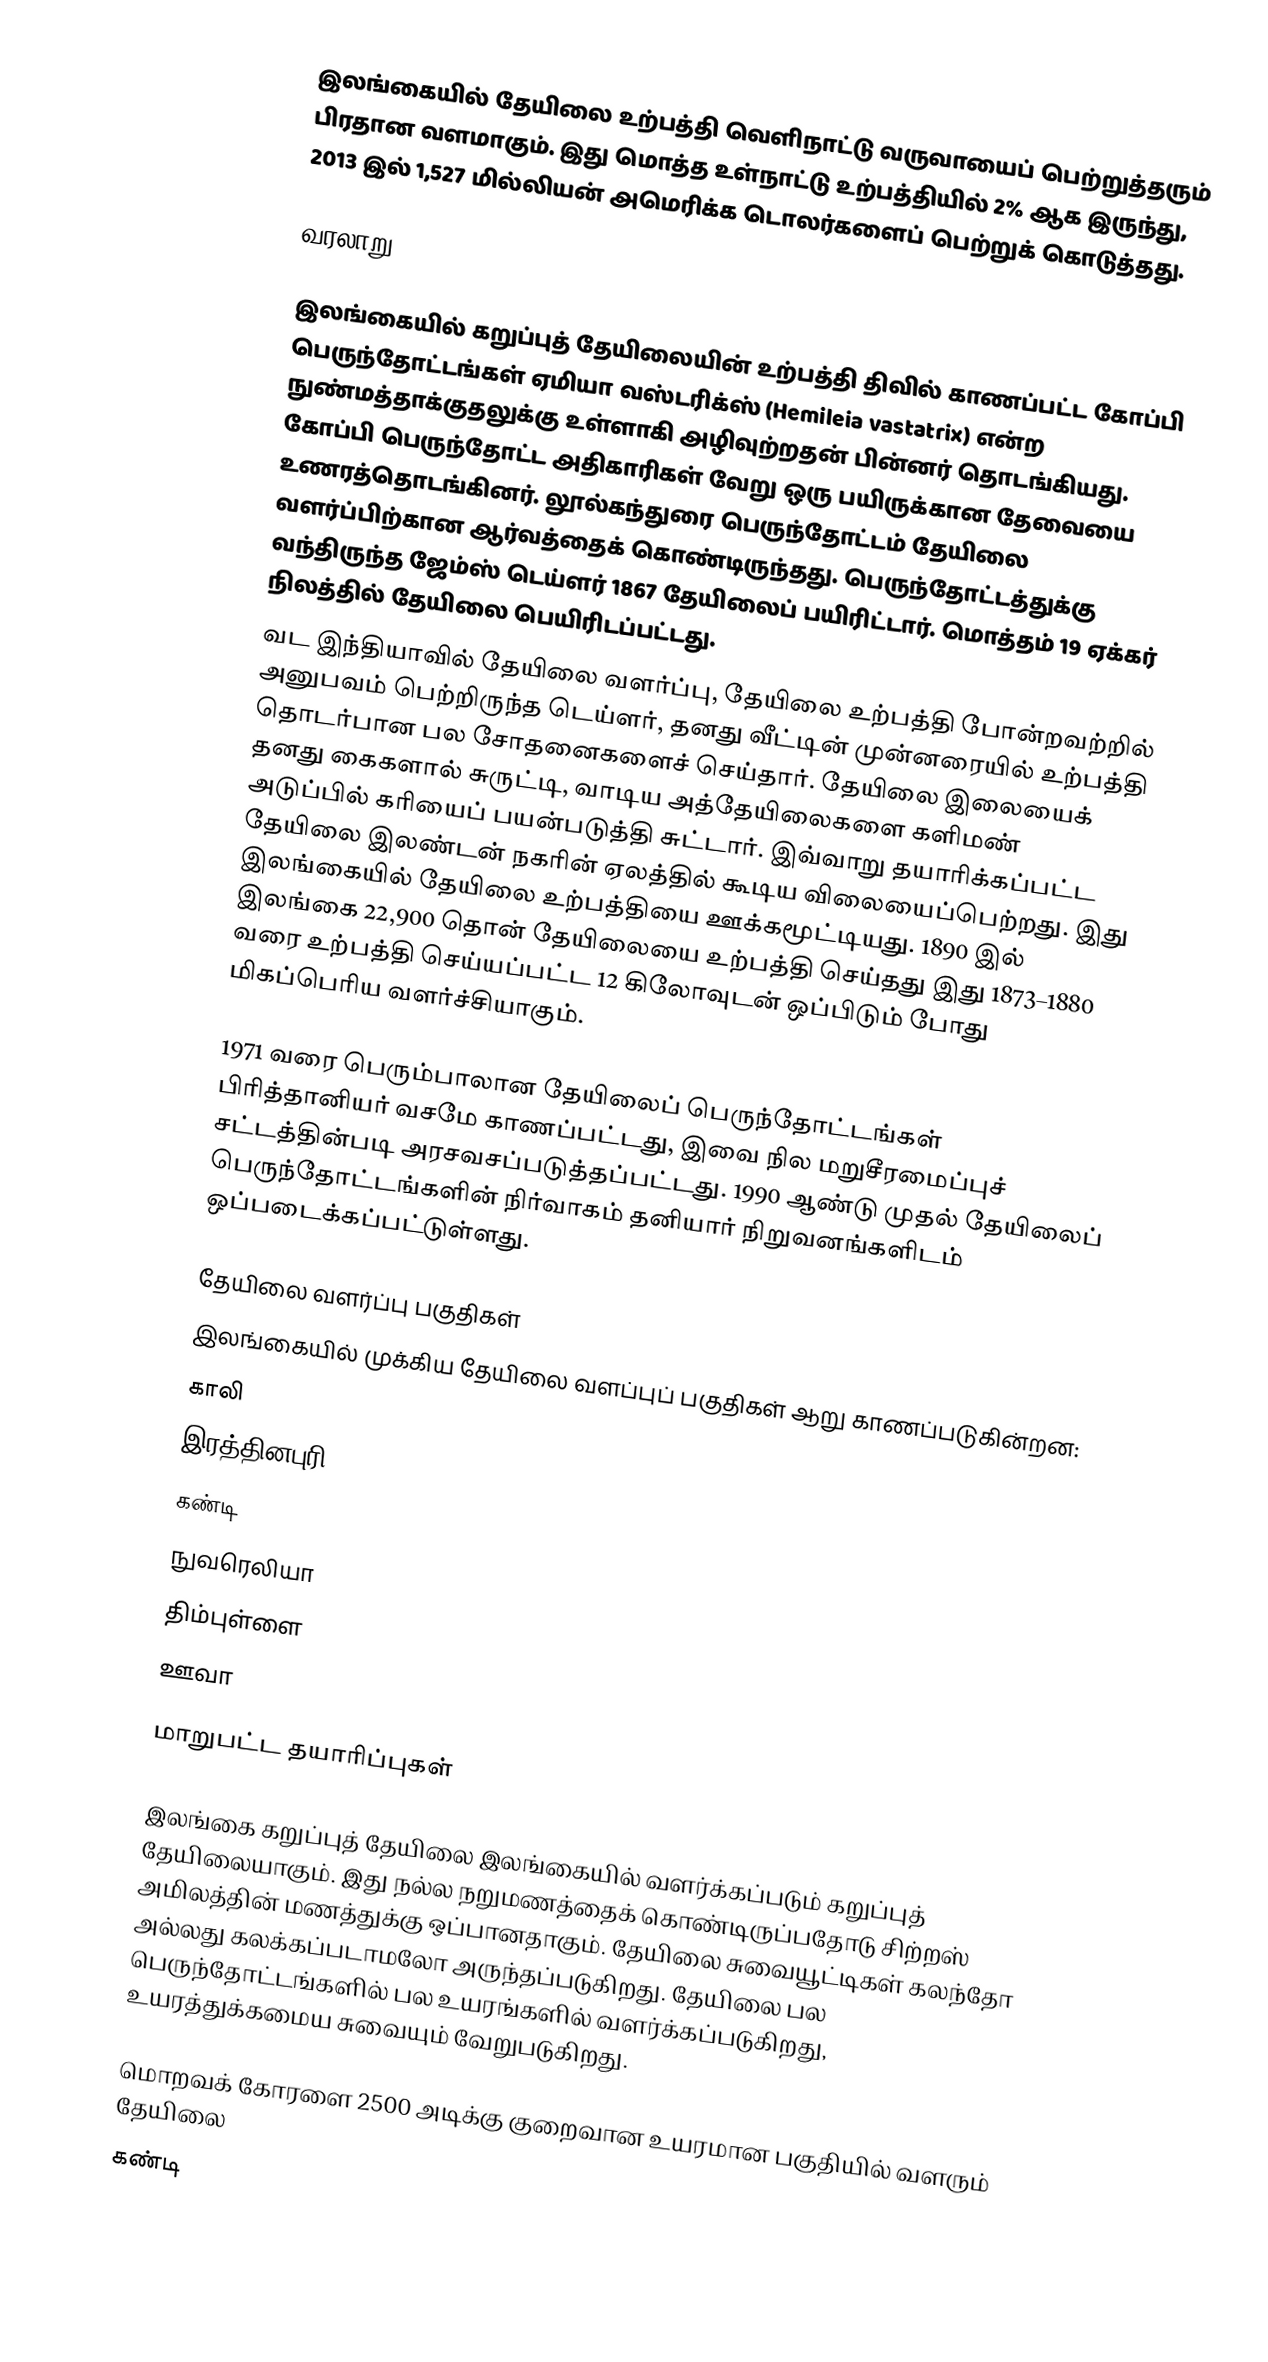
இலங்கையில் தேயிலை உற்பத்தி வெளிநாட்டு வருவாயைப் பெற்றுத்தரும் பிரதான வளமாகும். இது மொத்த உள்நாட்டு உற்பத்தியில் 2% ஆக இருந்து, 2013 இல் 1,527 மில்லியன் அமெரிக்க டொலர்களைப் பெற்றுக் கொடுத்தது.

வரலாறு

இலங்கையில் கறுப்புத் தேயிலையின் உற்பத்தி திவில் காணப்பட்ட கோப்பி பெருந்தோட்டங்கள் ஏமியா வஸ்டரிக்ஸ் (Hemileia vastatrix) என்ற நுண்மத்தாக்குதலுக்கு உள்ளாகி அழிவுற்றதன் பின்னர் தொடங்கியது. கோப்பி பெருந்தோட்ட அதிகாரிகள் வேறு ஒரு பயிருக்கான தேவையை உணரத்தொடங்கினர். லூல்கந்துரை பெருந்தோட்டம் தேயிலை வளர்ப்பிற்கான ஆர்வத்தைக் கொண்டிருந்தது. பெருந்தோட்டத்துக்கு வந்திருந்த ஜேம்ஸ் டெய்ளர் 1867 தேயிலைப் பயிரிட்டார். மொத்தம் 19 ஏக்கர் நிலத்தில் தேயிலை பெயிரிடப்பட்டது.
வட இந்தியாவில் தேயிலை வளர்ப்பு, தேயிலை உற்பத்தி போன்றவற்றில் அனுபவம் பெற்றிருந்த டெய்ளர், தனது வீட்டின் முன்னரையில் உற்பத்தி தொடர்பான பல சோதனைகளைச் செய்தார். தேயிலை இலையைக் தனது கைகளால் சுருட்டி, வாடிய அத்தேயிலைகளை களிமண் அடுப்பில் கரியைப் பயன்படுத்தி சுட்டார். இவ்வாறு தயாரிக்கப்பட்ட தேயிலை இலண்டன் நகரின் ஏலத்தில் கூடிய விலையைப்பெற்றது. இது இலங்கையில் தேயிலை உற்பத்தியை ஊக்கமூட்டியது. 1890 இல் இலங்கை 22,900 தொன் தேயிலையை உற்பத்தி செய்தது இது 1873–1880 வரை உற்பத்தி செய்யப்பட்ட 12 கிலோவுடன் ஒப்பிடும் போது மிகப்பெரிய வளர்ச்சியாகும்.

1971 வரை பெரும்பாலான தேயிலைப் பெருந்தோட்டங்கள் பிரித்தானியர் வசமே காணப்பட்டது, இவை நில மறுசீரமைப்புச் சட்டத்தின்படி அரசவசப்படுத்தப்பட்டது. 1990 ஆண்டு முதல் தேயிலைப் பெருந்தோட்டங்களின் நிர்வாகம் தனியார் நிறுவனங்களிடம் ஒப்படைக்கப்பட்டுள்ளது.

தேயிலை வளர்ப்பு பகுதிகள்
இலங்கையில் முக்கிய தேயிலை வளப்புப் பகுதிகள் ஆறு காணப்படுகின்றன:
 காலி
 இரத்தினபுரி
 கண்டி
 நுவரெலியா
 திம்புள்ளை
 ஊவா

மாறுபட்ட தயாரிப்புகள்

இலங்கை கறுப்புத் தேயிலை இலங்கையில் வளர்க்கப்படும் கறுப்புத் தேயிலையாகும். இது நல்ல நறுமணத்தைக் கொண்டிருப்பதோடு சிற்றஸ் அமிலத்தின் மணத்துக்கு ஒப்பானதாகும். தேயிலை சுவையூட்டிகள் கலந்தோ அல்லது கலக்கப்படாமலோ அருந்தப்படுகிறது. தேயிலை பல பெருந்தோட்டங்களில் பல உயரங்களில் வளர்க்கப்படுகிறது, உயரத்துக்கமைய சுவையும் வேறுபடுகிறது.

 மொறவக் கோரளை 2500 அடிக்கு குறைவான உயரமான பகுதியில் வளரும் தேயிலை
 கண்டி